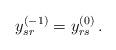
LaTeX: \begin{align*}y^{(-1)}_{sr} = y^{(0)}_{rs}\,.\end{align*}